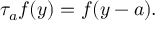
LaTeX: \tau _ { a } f ( y ) = f ( y - a ) .